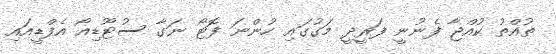
ތުއްތު ކުއްޖާ ފެނުނީ ފަރީދީ މަގުގައި ހުންނަ ފޮޓޯ ނަގާ ސުޓޫޑިއޯ އެފްޑީއައި